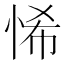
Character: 悕